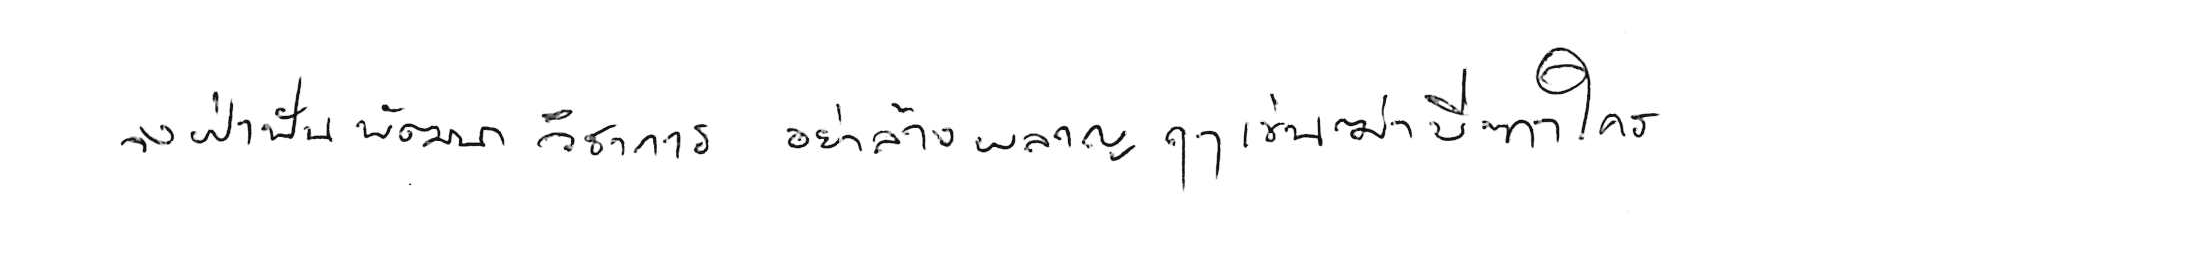
จงฝ่าฟันพัฒนาวิชาการ อย่าล้างผลาญฤๅเข่นฆ่าบีฑาใคร